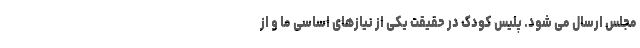
مجلس ارسال می شود. پلیس کودک در حقیقت یکی از نیازهای اساسی ما و از